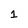
Character: 1